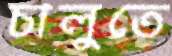
চালুতে